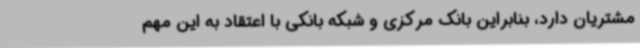
مشتریان دارد، بنابراین بانک مرکزی و شبکه بانکی با اعتقاد به این مهم